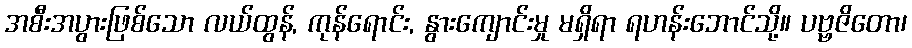
အစီးအပွားဖြစ်သော လယ်ထွန်, ကုန်ရောင်း, နွားကျောင်းမှု မရှိရာ ရဟန်းဘောင်သို့။ ပဗ္ဗဇိတော၊